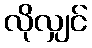
လိုလျှင်